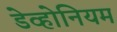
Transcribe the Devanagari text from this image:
डेव्होनियम